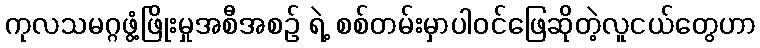
ကုလသမဂ္ဂဖွံ့ဖြိုးမှုအစီအစဉ် ရဲ့ စစ်တမ်းမှာပါဝင်ဖြေဆိုတဲ့လူငယ်တွေဟာ